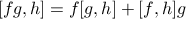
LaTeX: [ f g , h ] = f [ g , h ] + [ f , h ] g